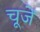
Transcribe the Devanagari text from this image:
चूजें